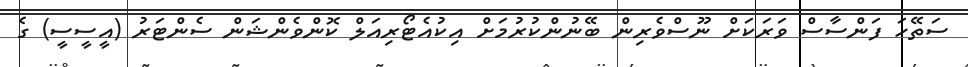
ސަތޭހަ ފަންސާސް ވަރަކަށް ނޫސްވެރިން ބޭނުންކުރުމަށް އިކުއެޓޯރިއަލް ކޮންވެންޝަން ސެންޓަރު (އީސީސީ) ގެ